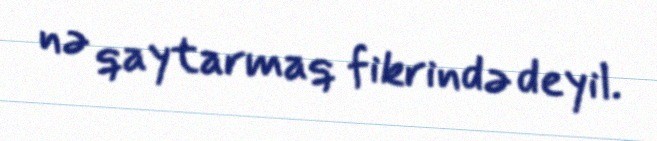
nə qaytarmaq fikrində deyil.